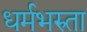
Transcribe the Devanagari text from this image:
धर्मभरुता